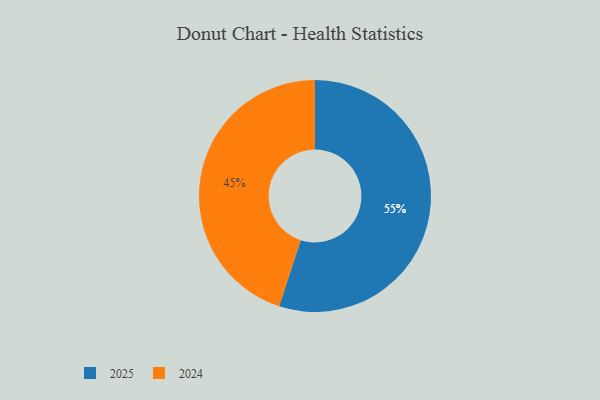
{"axis": {"x": "Category", "y": "Percentage"}, "legend": ["2024", "2025"], "data": [{"x": "2024", "y": 45, "type": "2024"}, {"x": "2025", "y": 55, "type": "2025"}]}